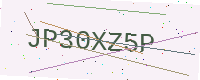
Text: JP30XZ5P